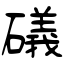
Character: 礒